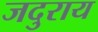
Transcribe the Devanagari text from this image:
जदुराय